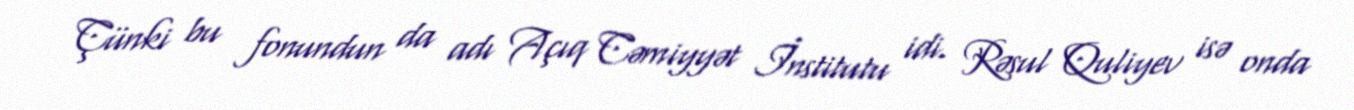
Çünki bu fonundun da adı Açıq Cəmiyyət İnstitutu idi. Rəsul Quliyev isə onda